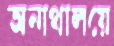
অনাথালয়ে